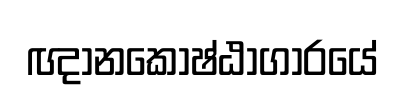
ඥානකෝෂ්ඨාගාරයේ